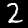
Label: 2